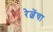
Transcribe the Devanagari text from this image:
रेल्वेंचा